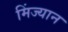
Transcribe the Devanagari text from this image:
मिंज्यान